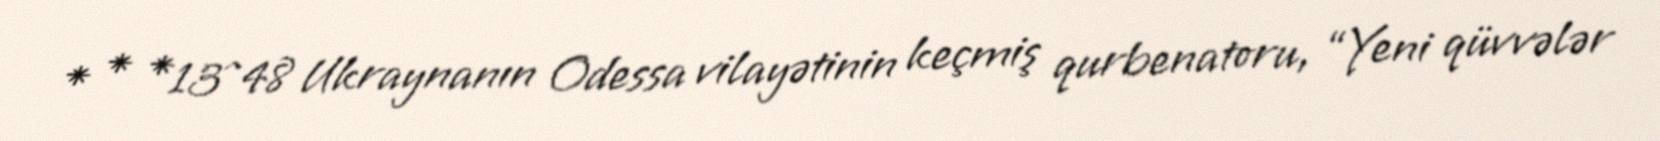
* * *13^48 Ukraynanın Odessa vilayətinin keçmiş qurbenatoru, “Yeni qüvvələr